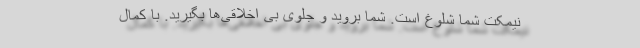
نیمکت شما شلوغ است. شما بروید و جلوی بی اخلاقی‌ها بگیرید. با کمال